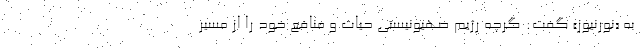
به «نورنیوز» گفت: گرچه رژیم صهیونیستی حیات و منافع خود را از مسیر